Problem: 37 + 15 = ?
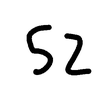
Handwritten answer: 52